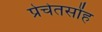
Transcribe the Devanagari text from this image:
प्रेचेतसोंह